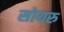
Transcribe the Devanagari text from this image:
सोयरु